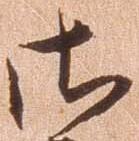
御